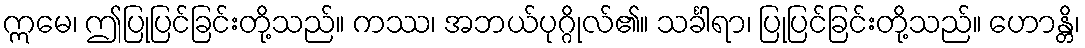
ဣမေ၊ ဤပြုပြင်ခြင်းတို့သည်။ ကဿ၊ အဘယ်ပုဂ္ဂိုလ်၏။ သင်္ခါရာ၊ ပြုပြင်ခြင်းတို့သည်။ ဟောန္တိ၊